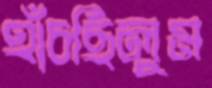
হাঁচছিলুম